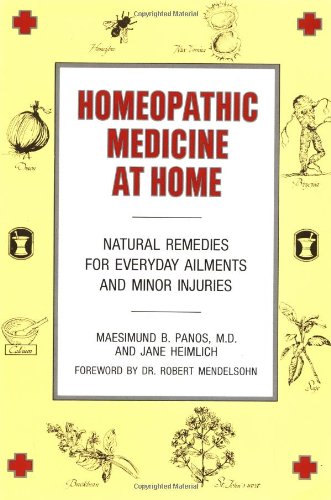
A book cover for Homeopathic Medicine At Home; Maesimund B. Panos MD; Health, Fitness & Dieting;